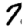
Digit: 7